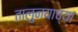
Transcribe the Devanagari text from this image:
तालु्नयाच्या